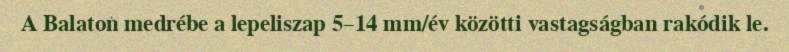
A Balaton medrébe a lepeliszap 5–14 mm/év közötti vastagságban rakódik le.